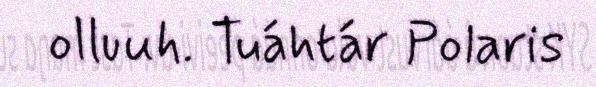
olluuh. Tuáhtár Polaris